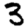
Digit: 3